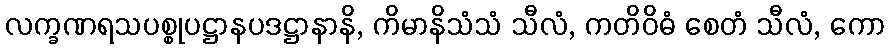
လက္ခဏရသပစ္စုပဋ္ဌာနပဒဋ္ဌာနာနိ, ကိမာနိသံသံ သီလံ, ကတိဝိဓံ စေတံ သီလံ, ကော